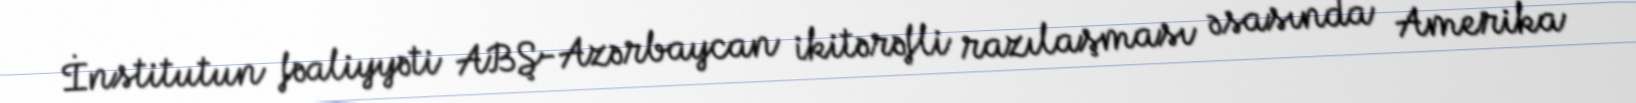
İnstitutun fəaliyyəti ABŞ-Azərbaycan ikitərəfli razılaşması əsasında Amerika